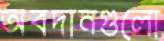
অবদানগুলো